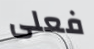
فعلى